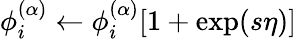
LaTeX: \phi_{i}^{(\alpha)}\leftarrow\phi_{i}^{(\alpha)}[1+\exp(s\eta)]